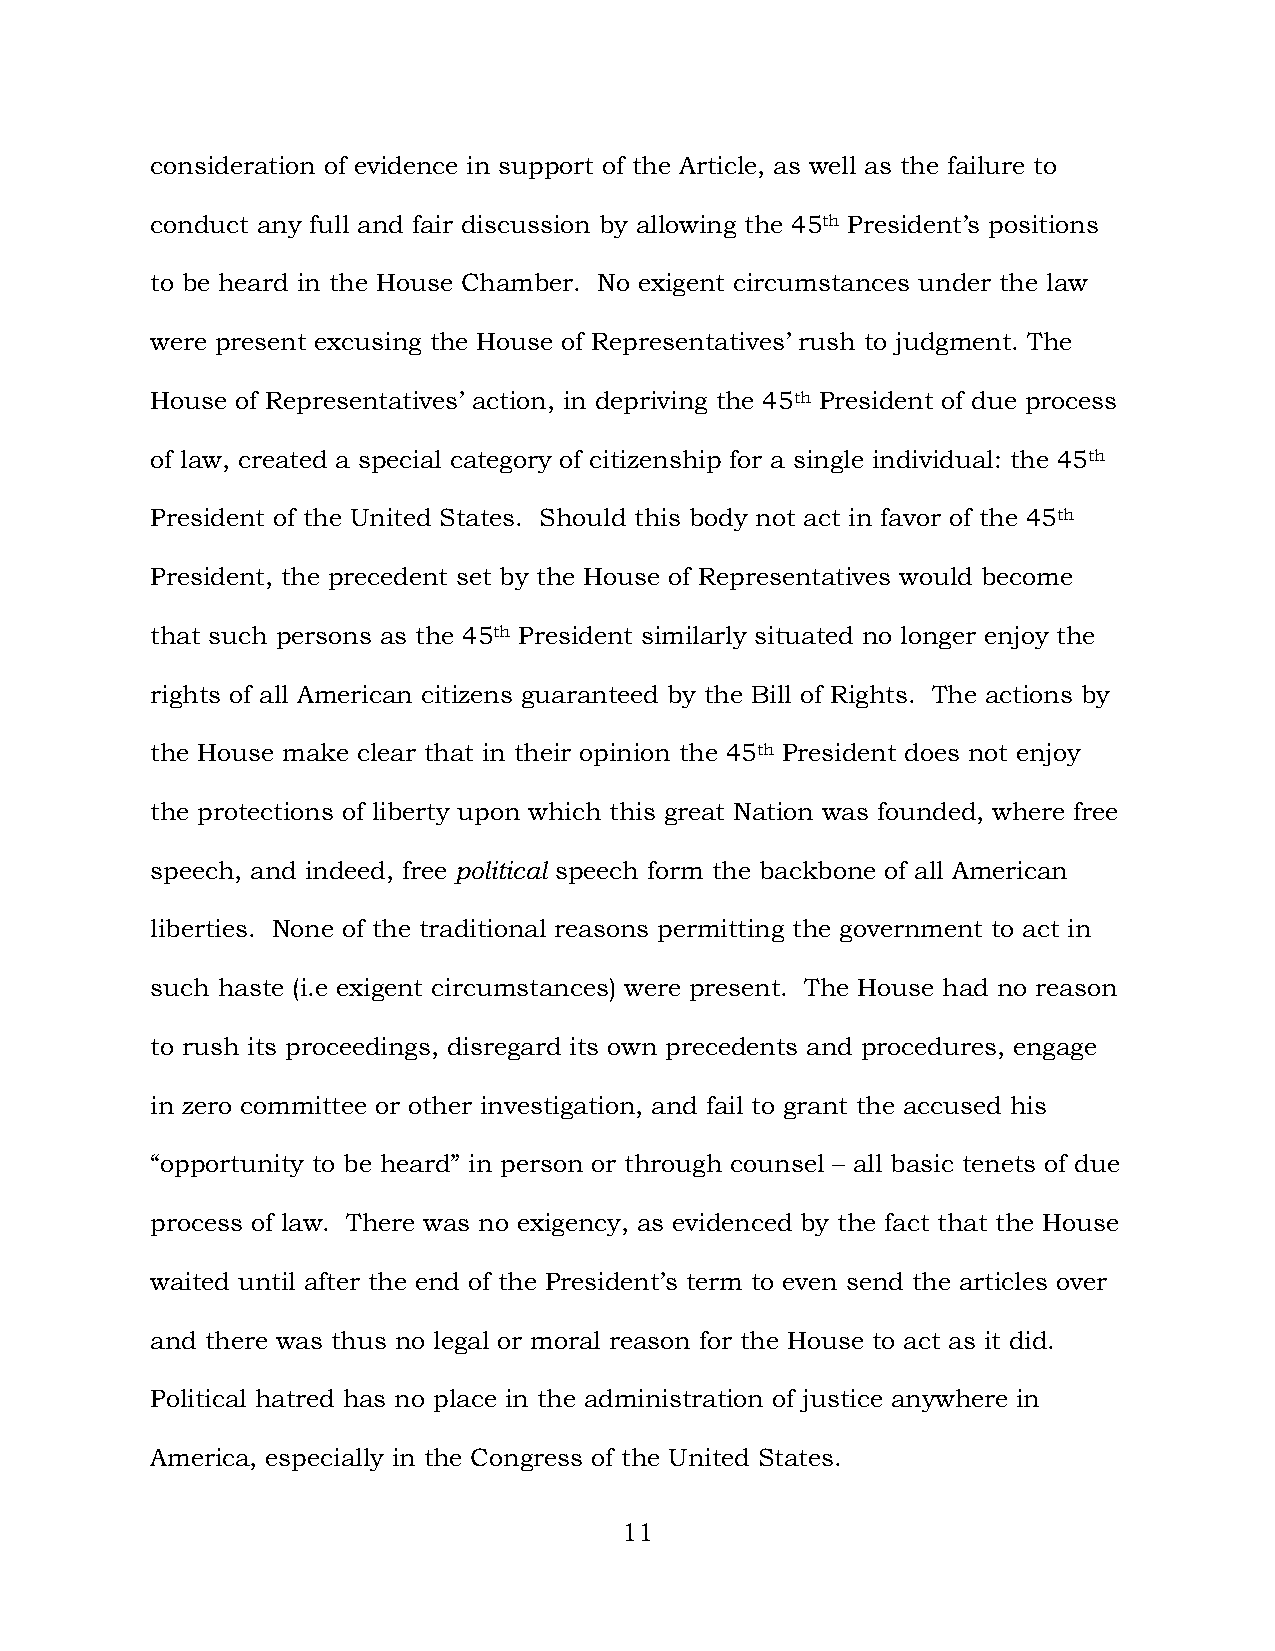
consideration of evidence in support of the Article, as well as the failure to
 conduct any full and fair discussion by allowing the 45th President’s positions
 to be heard in the House Chamber. No exigent circumstances under the law
 were present excusing the House of Representatives’ rush to judgment. The
 House of Representatives’ action, in depriving the 45th President of due process
 of law, created a special category of citizenship for a single individual: the 45th
 President of the United States. Should this body not act in favor of the 45th
 President, the precedent set by the House of Representatives would become
 that such persons as the 45th President similarly situated no longer enjoy the
 rights of all American citizens guaranteed by the Bill of Rights. The actions by
 the House make clear that in their opinion the 45th President does not enjoy
 the protections of liberty upon which this great Nation was founded, where free
 speech, and indeed, free political speech form the backbone of all American
 liberties. None of the traditional reasons permitting the government to act in
 such haste (i.e exigent circumstances) were present. The House had no reason
 to rush its proceedings, disregard its own precedents and procedures, engage
 in zero committee or other investigation, and fail to grant the accused his
 “opportunity to be heard” in person or through counsel – all basic tenets of due
 process of law. There was no exigency, as evidenced by the fact that the House
 waited until after the end of the President’s term to even send the articles over
 and there was thus no legal or moral reason for the House to act as it did.
 Political hatred has no place in the administration of justice anywhere in
 America, especially in the Congress of the United States.
 11